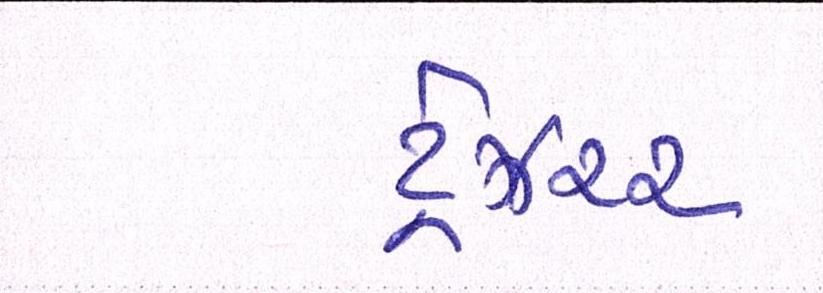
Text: ટ્રેઝરર